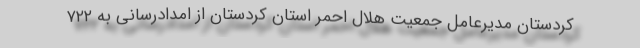
کردستان مدیرعامل جمعیت هلال احمر استان کردستان از امدادرسانی به ۷۲۲